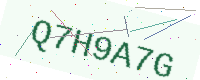
Text: Q7H9A7G